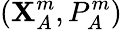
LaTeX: \left(\mathbf{X}_{A}^{m},{P_{A}^{m}}\right)